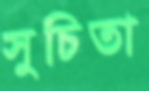
সুচিতা